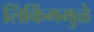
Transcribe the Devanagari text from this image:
लिंकिंगमुळे